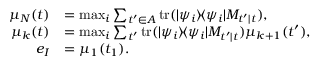
\begin{array} { r l } { \mu _ { N } ( t ) } & { = \operatorname* { m a x } _ { i } \sum _ { t ^ { \prime } \in A } \mathrm { t r } ( | \psi _ { i } \rangle \! \langle \psi _ { i } | M _ { t ^ { \prime } | t } ) , } \\ { \mu _ { k } ( t ) } & { = \operatorname* { m a x } _ { i } \sum _ { t ^ { \prime } } \mathrm { t r } ( | \psi _ { i } \rangle \! \langle \psi _ { i } | M _ { t ^ { \prime } | t } ) \mu _ { k + 1 } ( t ^ { \prime } ) , } \\ { e _ { I } } & { = \mu _ { 1 } ( t _ { 1 } ) . } \end{array}